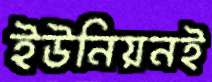
ইউনিয়নই